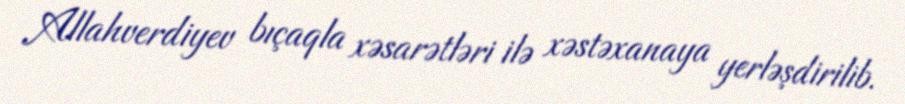
Allahverdiyev bıçaqla xəsarətləri ilə xəstəxanaya yerləşdirilib.